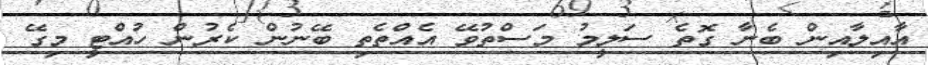
އާއިލާއިން ބެނާ ގޮތެ ސަލީމު މަސްތުވޭ އެއްތެތި ބޭނުން ކެރުން ހުއްޓީ މިގޭ